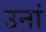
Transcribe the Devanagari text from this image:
उनां